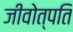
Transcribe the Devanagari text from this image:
जीवोत्पति